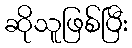
ဆိုသူဖြစ်ပြီး